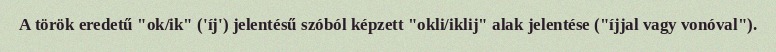
A török eredetű "ok/ik" ('íj') jelentésű szóból képzett "okli/iklij" alak jelentése ("íjjal vagy vonóval").